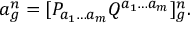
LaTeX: a _ { g } ^ { n } = [ P _ { a _ { 1 } \ldots a _ { m } } { \cal Q } ^ { a _ { 1 } \ldots a _ { m } } ] _ { g } ^ { n } .